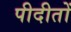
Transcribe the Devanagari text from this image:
पीदीतों